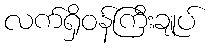
လက်ရှိဝန်ကြီးချုပ်